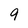
Character: 9